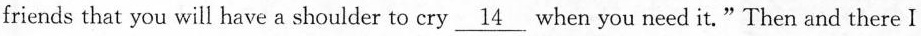
friends that you will have a shoulder to cry \underline{14} when you need it."Then and there I